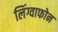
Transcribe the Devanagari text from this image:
लिंग्वाफोन